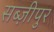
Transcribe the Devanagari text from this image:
सब्ज़ीपुर